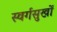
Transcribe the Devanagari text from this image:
स्वर्गसुखों